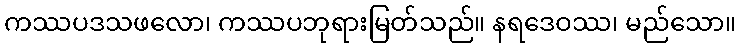
ကဿပဒသဖလော၊ ကဿပဘုရားမြတ်သည်။ နရဒေဝဿ၊ မည်သော။